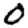
Digit: 0